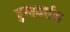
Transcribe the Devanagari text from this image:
दुग्धवर्धक